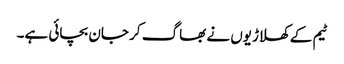
ٹیم کے کھلاڑیوں نے بھاگ کر جان بچائی ہے۔